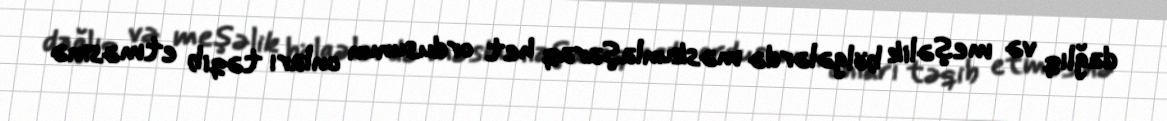
dağlıq və meşəlik bölgələrdə məskunlaşaraq het ordusunun onları təqib etməsinə